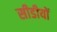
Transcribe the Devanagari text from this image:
सीडीयों